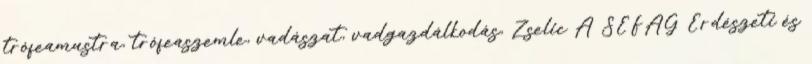
trófeamustra, trófeaszemle, vadászat, vadgazdálkodás, Zselic A SEFAG Erdészeti és